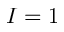
I = 1